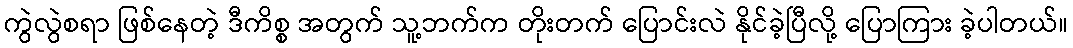
ကွဲလွဲစရာ ဖြစ်နေတဲ့ ဒီကိစ္စ အတွက် သူ့ဘက်က တိုးတက် ပြောင်းလဲ နိုင်ခဲ့ပြီလို့ ပြောကြား ခဲ့ပါတယ်။